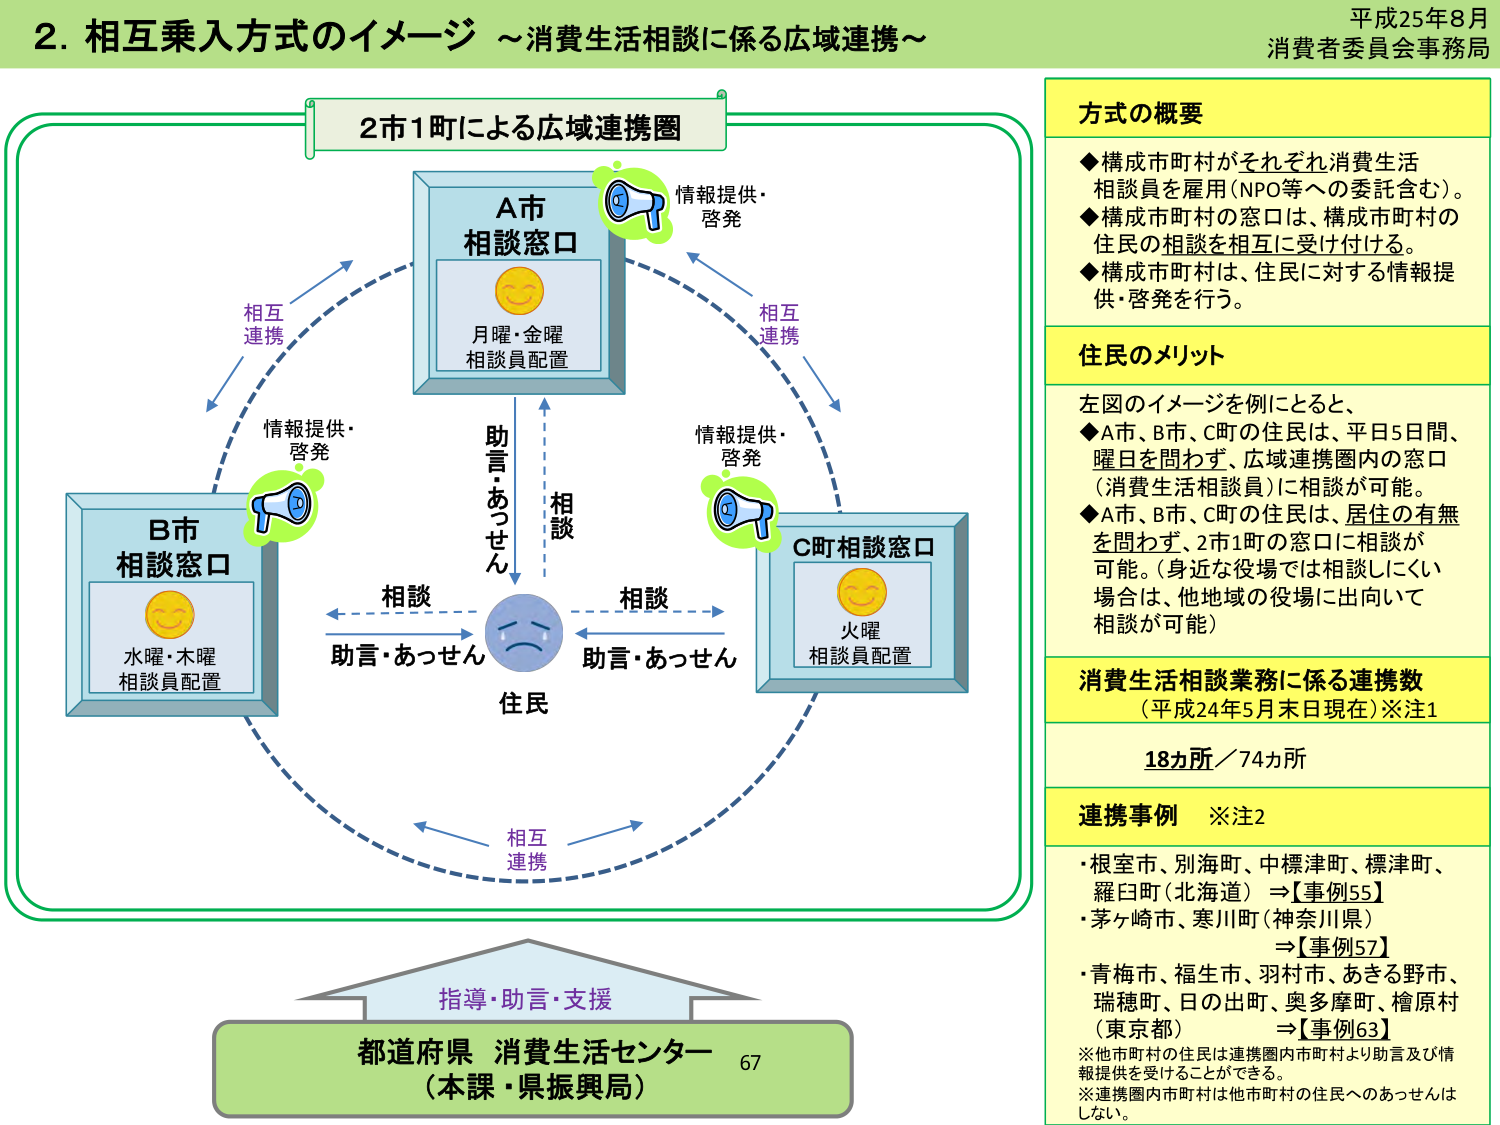
2. 相互乗入方式のイメージ ～消費生活相談に係る広域連携～

平成25年8月
消費者委員会事務局

2市1町による広域連携圏

A市
相談窓口
月曜・金曜
相談員配置

B市
相談窓口
水曜・木曜
相談員配置

C町相談窓口
火曜
相談員配置

住民

相互連携
情報提供・啓発
情報提供・啓発
情報提供・啓発
相互連携
相互連携

相談
助言・あっせん
相談
助言・あっせん
助言・あっせん

指導・助言・支援
都道府県 消費生活センター
（本課・県振興局）
67

方式の概要
◆構成市町村がそれぞれ消費生活相談員を雇用（NPO等への委託含む）。
◆構成市町村の窓口は、構成市町村の住民の相談を相互に受け付ける。
◆構成市町村は、住民に対する情報提供・啓発を行う。

住民のメリット
左図のイメージを例にとると、
◆A市、B市、C町の住民は、平日5日間、曜日を問わず、広域連携圏内の窓口（消費生活相談員）に相談が可能。
◆A市、B市、C町の住民は、居住の有無を問わず、2市1町の窓口に相談が可能。（身近な役場では相談しにくい場合は、他地域の役場に出向いて相談が可能）

消費生活相談業務に係る連携数
（平成24年5月末日現在）※注1
18カ所／74カ所

連携事例 ※注2
・根室市、別海町、中標津町、標津町、羅臼町（北海道）⇒【事例55】
・茅ヶ崎市、寒川町（神奈川県）⇒【事例57】
・青梅市、福生市、羽村市、あきる野市、瑞穂町、日の出町、奥多摩町、檜原村（東京都）⇒【事例63】
※他市町村の住民は連携圏内市町村より助言及び情報提供を受けることができる。
※連携圏内市町村は他市町村の住民へのあっせんはしない。